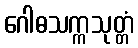
ဂေါဓသက္ကသုတ္တံ